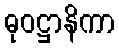
ဓုဝဋ္ဌာနိကာ